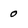
Character: 0